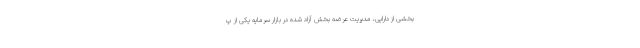
بخشی از دارایی، مدیریت عرضه بخش آزاد شده در بازار سرمایه یکی از پ